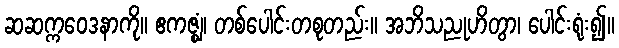
ဆဆက္ကဝေဒနာကို။ ဧကဇ္ဈံ၊ တစ်ပေါင်းတစုတည်း။ အဘိသညုဟိတွာ၊ ပေါင်းရုံး၍။